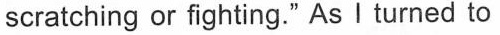
scratching or fighting." As Iturned to